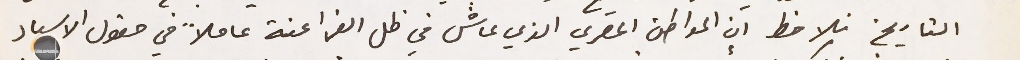
التاريخ نلاحط ان المواطن المصري الذي عاش في ظل الفراعنة عاملاً في حقول الاسياد